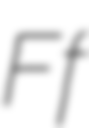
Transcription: Ff